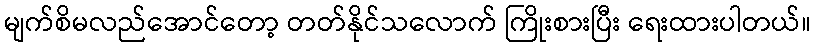
မျက်စိမလည်အောင်တော့ တတ်နိုင်သလောက် ကြိုးစားပြီး ရေးထားပါတယ်။